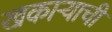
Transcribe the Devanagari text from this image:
खकाऱ्याची